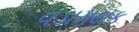
વડામથક